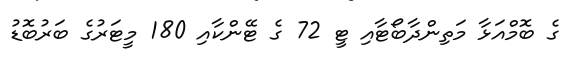
ގެ ބޮމްއަޅާ މަތިންދާބޯޓާއި ޓީ 72 ގެ ޓޭންކާއި 180 މީޓަރުގެ ބަރުބޮޑު